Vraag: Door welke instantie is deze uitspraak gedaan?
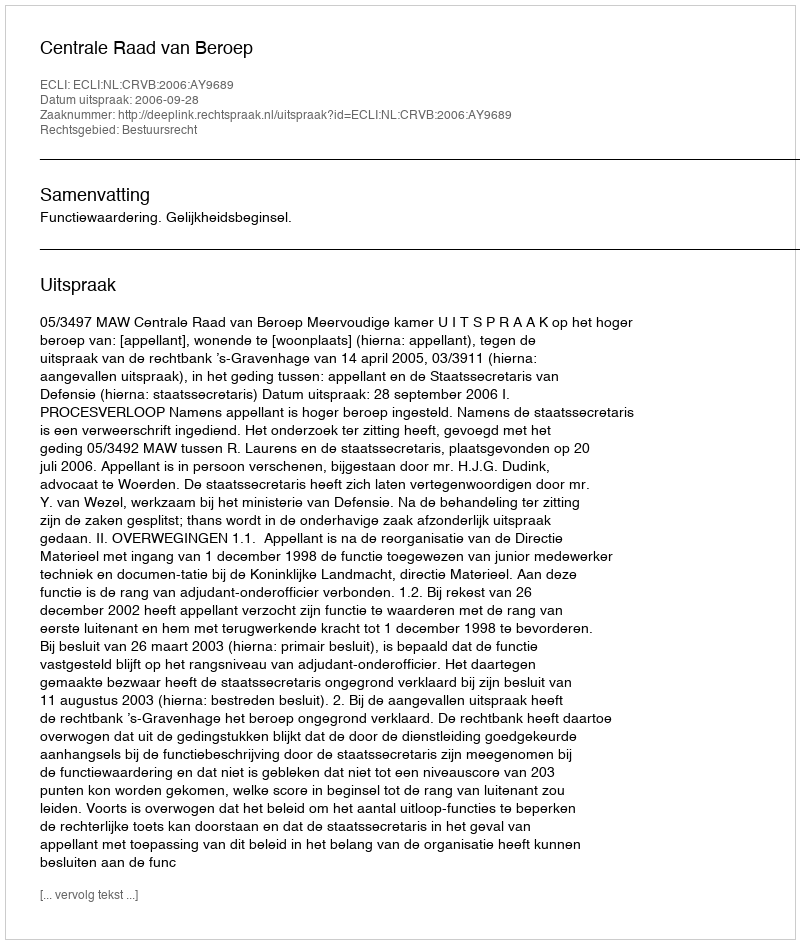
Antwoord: Centrale Raad van Beroep